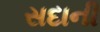
સદાની